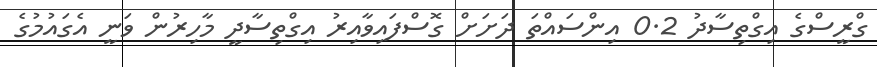
ގްރީސްގެ އިގްތިސާދު 0.2 އިންސައްތަ ދަށަށް ގޮސްފައިވާއިރު އިގްތިސާދީ މާހިރުން ވަނީ އެގައުމުގެ